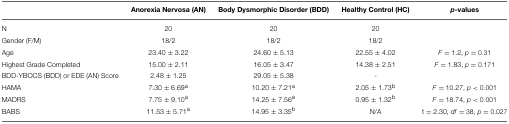
<table><thead><tr><td></td><td><b>Anorexia Nervosa (AN)</b></td><td><b>Body Dysmorphic Disorder (BDD)</b></td><td><b>Healthy Control (HC)</b></td><td><b><i>p</i>-values</b></td></tr></thead><tbody><tr><td>N</td><td>20</td><td>20</td><td>20</td><td></td></tr><tr><td>Gender (F/M)</td><td>18/2</td><td>18/2</td><td>18/2</td><td></td></tr><tr><td>Age</td><td>23.40 ± 3.22</td><td>24.60 ± 5.13</td><td>22.55 ± 4.02</td><td><i>F</i> = 1.2, <i>p</i> = 0.31</td></tr><tr><td>Highest Grade Completed</td><td>15.00 ± 2.11</td><td>16.05 ± 3.47</td><td>14.38 ± 2.51</td><td><i>F</i> = 1.83, <i>p</i> = 0.171</td></tr><tr><td>BDD-YBOCS (BDD) or EDE (AN) Score</td><td>2.48 ± 1.25</td><td>29.05 ± 5.38</td><td>-</td><td></td></tr><tr><td>HAMA</td><td>7.30 ± 6.69<sup>a</sup></td><td>10.20 ± 7.21<sup>a</sup></td><td>2.05 ± 1.73<sup>b</sup></td><td><i>F</i> = 10.27, <i>p</i> &lt; 0.001</td></tr><tr><td>MADRS</td><td>7.75 ± 9.10<sup>a</sup></td><td>14.25 ± 7.56<sup>a</sup></td><td>0.95 ± 1.32<sup>b</sup></td><td><i>F</i> = 18.74, <i>p</i> &lt; 0.001</td></tr><tr><td>BABS</td><td>11.53 ± 5.71<sup>a</sup></td><td>14.95 ± 3.35<sup>b</sup></td><td>N/A</td><td>t = 2.30, <i>df</i> = 38, <i>p</i> = 0.027</td></tr></tbody></table>